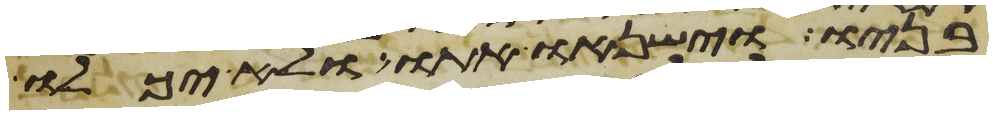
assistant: בניו וישנאו אתו ולא יכלו